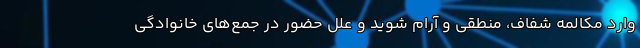
وارد مکالمه شفاف‌، منطقی و آرام شوید و علل حضور در جمع‌های خانوادگی